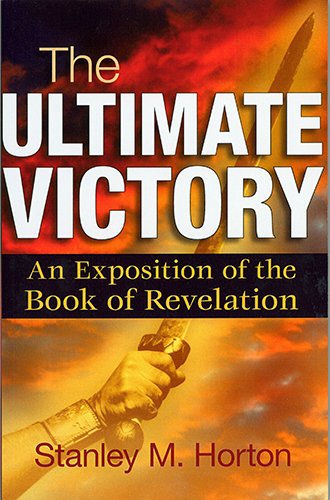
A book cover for The Ultimate Victory: An Exposition of the Book of Revelation; Stanley M. Horton; Christian Books & Bibles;